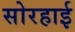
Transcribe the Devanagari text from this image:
सोरहाई